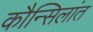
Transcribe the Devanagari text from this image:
कौन्सिलांत